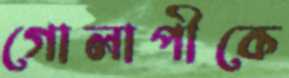
গোলাপীকে